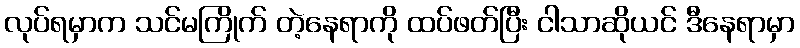
လုပ်ရမှာက သင်မကြိုက် တဲ့နေရာကို ထပ်ဖတ်ပြီး ငါသာဆိုယင် ဒီနေရာမှာ